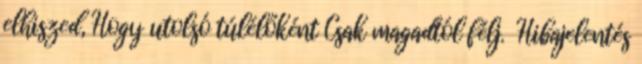
elhiszed, Hogy utolsó túlélőként Csak magadtól félj. Hibajelentés